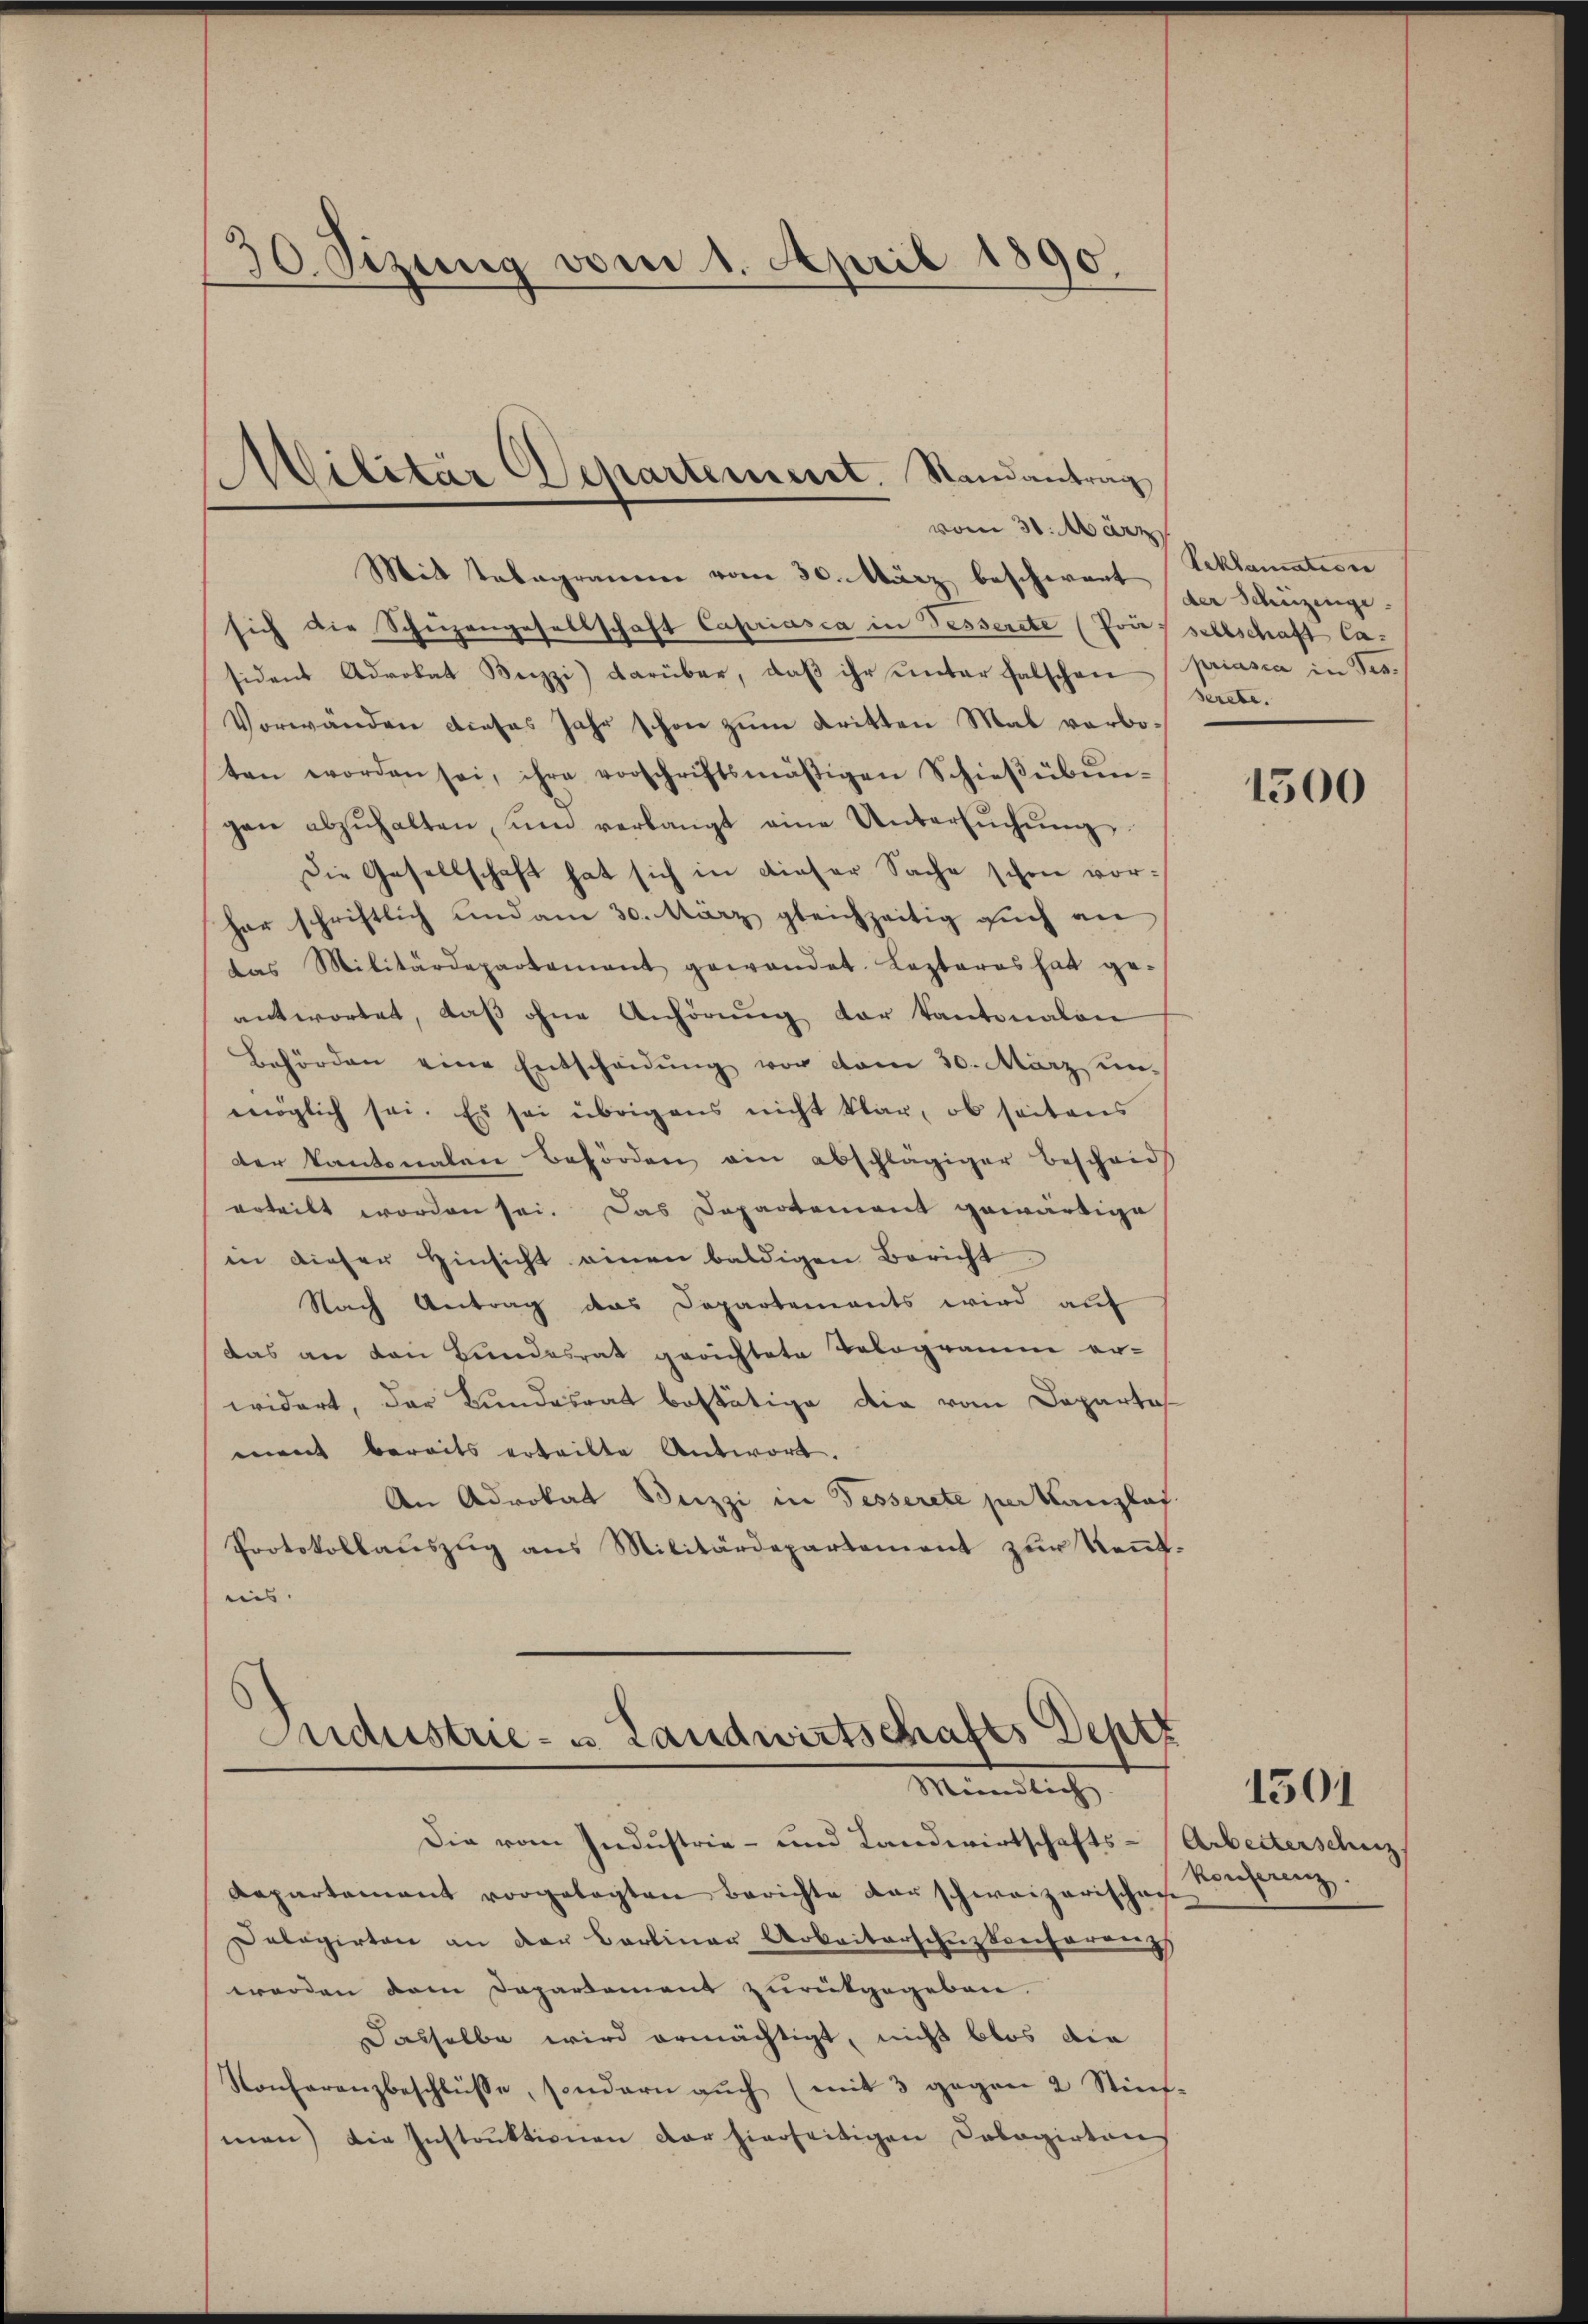
30. Sizung vom 1. April 1890.

Militär Departement. Randantrag
vom 30. März

Mit Tabagramm vom 30. März beschwert per Schüzingesich die Schüzengesellschaft Capriasca in Fesserete (Priesellschaft Casident Advokat Beizzi) darüber, daβ ihr unter falschen priasca in Tes¬
Vorwänden dieses Jahr schon zŭm Kritten Mal verboten worden sei, ihre vorschriftsmäßigen Schieβübŭn-
gen abzŭhalten ŭm verlangt eine Untersŭchŭng
Die Gesellschaft hat sich in dieser Sache schon vorhar schriftlich und am 30. März gleichzeitig aŭch an
das Militärdepartement gewandet. Lezteres hat ge-
antwortet, daß ohne Anhörung der Kantonalen
Behörden eine Entscheidŭng vor vom 30. März un-
möglich sei. Es sei übrigens nicht klar, ob seitens
der Kantonalen Behörden ein abschlägiger Bescheid
erteilt worden sei. Das Departement gewärtige
in dieser Hinsicht einen baldigen Bericht
Nach Antrag das Departements wird auf
das an den Bundesrat gerichtete Vologramm erwidert, der Bundesrat bestätige die vom Departes
ment bereits erteilte Antwort.
An Advokat Beizzi in Fesserete per Kanzlof
Protokollauszug aus Militärdepartement zur Kenntnis.

Sudustrie- u Landwirtschafts Deptz
Minnerlich

Reklamation
serete.

Die vom Industrie- und Landwirtschafts-Arbeiterschuz
Repartement vorgelegten Berichte der schweizerischen
Dalagirten an der Carliner Arbeiterschuzkonferenz
worden dem Departement zurükgegeben.
Dasselbe wird ermächtigt, nicht blos die
Konferanzbeschlüsse, sondern aŭch (mit 3 gegen 2 Stiṁ-
men) die Instruktionen der hierseitigen Calagirten

1500

Konferenz.

1501